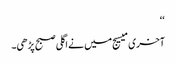
‘‘
آخری میسیج میں نے اگلی صبح پڑھی۔